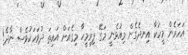
އަހަރެން މީހަކާ އިނދެގެން މިއުޅެނީ މަގޭ ފިރިމީހާ މިގެއަށް އައިތަ ދުވަހަކުވެސް ނާދެ!